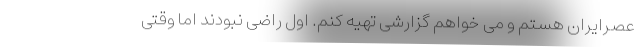
عصرایران هستم و می خواهم گزارشی تهیه کنم. اول راضی نبودند اما وقتی